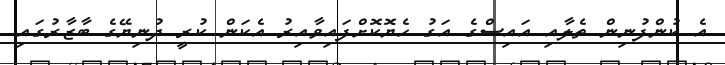
އެ ކުންފުނިން ތެލާއި އައިސްގެ އަގު ހެޔޮކޮށްފައިވާއިރު އެކަން ކުރީ ދުނިޔޭގެ ބާޒާރުގައި